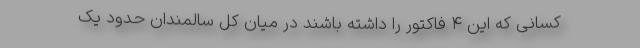
کسانی که این ۴ فاکتور را داشته باشند در میان کل سالمندان حدود یک